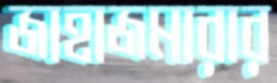
জাহাজমারার